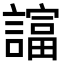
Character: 𧬙